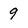
Character: 9